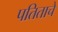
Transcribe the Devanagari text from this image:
पतिताचे